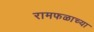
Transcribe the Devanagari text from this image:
रामफळाच्या